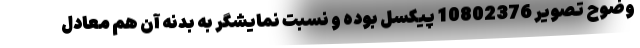
وضوح تصویر 10802376 پیکسل بوده و نسبت نمایشگر به بدنه آن هم معادل